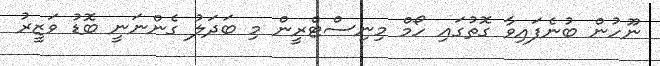
ނޫހުން ބުނެފައިވާ ގޮތުގައި ހޯމް މިނިސްޓްރީން މި ބަދަލު ގެންނަނީ ބޮޑު ވަޒީރު